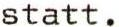
statt.